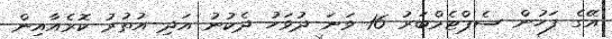
އޭގެ ފަހުން ސެޕްޓެމްބަރު 16 ވަނަ ދުވަހު ދެކުނު އަދި އުތުރު ކޮރެއާއިން